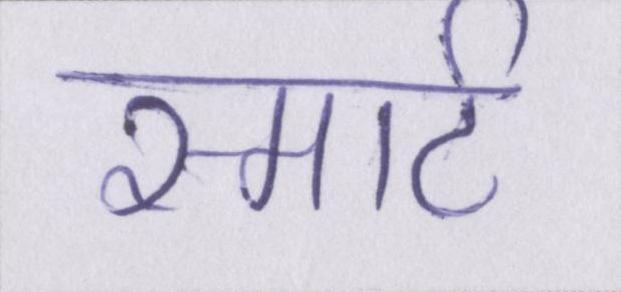
स्मार्ट